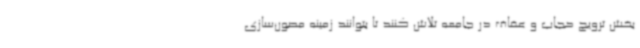
بخش ترویج حجاب و عفاف در جامعه تلاش کنند تا بتوانند زمینه مصون‌سازی